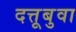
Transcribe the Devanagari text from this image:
दत्तूबुवा